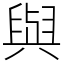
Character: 與